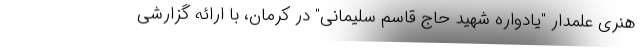
هنری علمدار "یادواره شهید حاج قاسم سلیمانی" در کرمان، با ارائه گزارشی